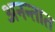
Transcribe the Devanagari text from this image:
अनन्तात